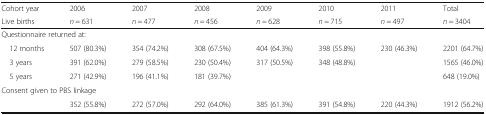
<table><thead><tr><td><b>Cohort year</b></td><td><b>2006</b></td><td><b>2007</b></td><td><b>2008</b></td><td><b>2009</b></td><td><b>2010</b></td><td><b>2011</b></td><td><b>Total</b></td></tr><tr><td><b>Live births</b></td><td><b><i>n</i> = 631</b></td><td><b><i>n</i> = 477</b></td><td><b><i>n</i> = 456</b></td><td><b><i>n</i> = 628</b></td><td><b><i>n</i> = 715</b></td><td><b><i>n</i> = 497</b></td><td><b><i>n</i> = 3404</b></td></tr></thead><tbody><tr><td colspan="8">Questionnaire returned at:</td></tr><tr><td> 12 months</td><td>507 (80.3%)</td><td>354 (74.2%)</td><td>308 (67.5%)</td><td>404 (64.3%)</td><td>398 (55.8%)</td><td>230 (46.3%)</td><td>2201 (64.7%)</td></tr><tr><td> 3 years</td><td>391 (62.0%)</td><td>279 (58.5%)</td><td>230 (50.4%)</td><td>317 (50.5%)</td><td>348 (48.8%)</td><td></td><td>1565 (46.0%)</td></tr><tr><td> 5 years</td><td>271 (42.9%)</td><td>196 (41.1%)</td><td>181 (39.7%)</td><td></td><td></td><td></td><td>648 (19.0%)</td></tr><tr><td colspan="8">Consent given to PBS linkage</td></tr><tr><td></td><td>352 (55.8%)</td><td>272 (57.0%)</td><td>292 (64.0%)</td><td>385 (61.3%)</td><td>391 (54.8%)</td><td>220 (44.3%)</td><td>1912 (56.2%)</td></tr></tbody></table>